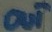
Text: OUT